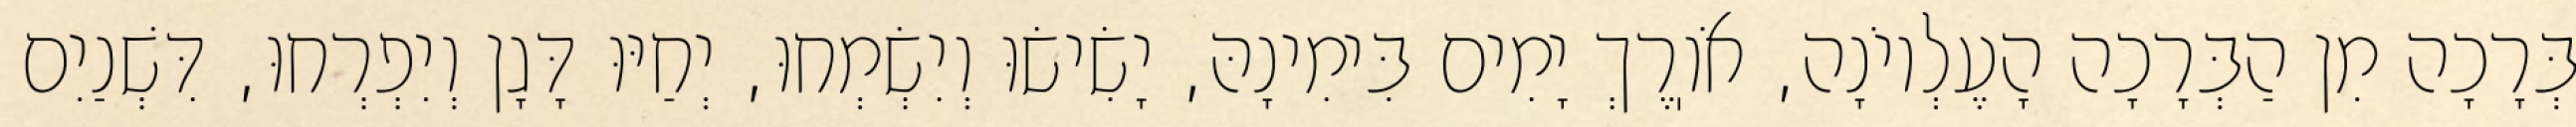
בְּרָכָה מִן הַבְּרָכָה הָעֶלְיוֹנָה, אֹוֽרֶךְ יָמִים בִּימִינָהּ, יָשִׂישׂוּ וְיִשְׂמְחוּ, יְחַיּוּ דָּגָן וְיִפְרְחוּ, דִּשְׁנַיִם